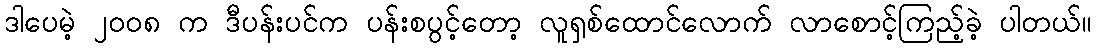
ဒါပေမဲ့ ၂၀၀၈ က ဒီပန်းပင်က ပန်းစပွင့်တော့ လူရှစ်ထောင်လောက် လာစောင့်ကြည့်ခဲ့ ပါတယ်။